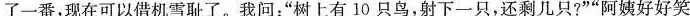
了一番，现在可以借机雪耻了。我问：”树上有10只鸟，射下一只，还剩几只?””阿姨好好笑